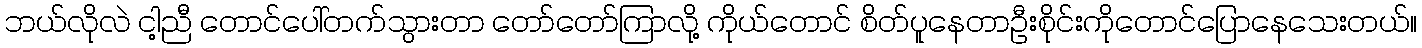
ဘယ်လိုလဲ ငါ့ညီ တောင်ပေါ်တက်သွားတာ တော်တော်ကြာလို့ ကိုယ်တောင် စိတ်ပူနေတာဦးစိုင်းကိုတောင်ပြောနေသေးတယ်။